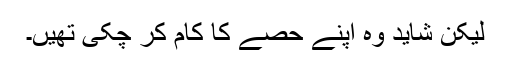
لیکن شاید وہ اپنے حصے کا کام کر چکی تھیں۔